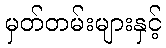
မှတ်တမ်းများနှင့်